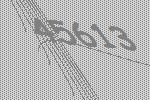
45613